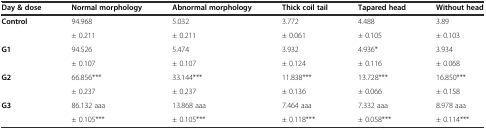
<table><thead><tr><td><b>Day &amp; dose</b></td><td><b>Normal morphology</b></td><td><b>Abnormal morphology</b></td><td><b>Thick coil tail</b></td><td><b>Tapared head</b></td><td><b>Without head</b></td></tr></thead><tbody><tr><td rowspan="2"><b>Control</b></td><td>94.968</td><td>5.032</td><td>3.772</td><td>4.488</td><td>3.89</td></tr><tr><td>± 0.211</td><td>± 0.211</td><td>± 0.061</td><td>± 0.105</td><td>± 0.103</td></tr><tr><td rowspan="2"><b>G1</b></td><td>94.526</td><td>5.474</td><td>3.932</td><td>4.936*</td><td>3.934</td></tr><tr><td>± 0.107</td><td>± 0.107</td><td>± 0.124</td><td>± 0.116</td><td>± 0.068</td></tr><tr><td rowspan="2"><b>G2</b></td><td>66.856***</td><td>33.144***</td><td>11.838***</td><td>13.728***</td><td>16.850***</td></tr><tr><td>± 0.237</td><td>± 0.237</td><td>± 0.136</td><td>± 0.066</td><td>± 0.158</td></tr><tr><td><b>G3</b></td><td>86.132 aaa</td><td>13.868 aaa</td><td>7.464 aaa</td><td>7.332 aaa</td><td>8.978 aaa</td></tr><tr><td></td><td>± 0.105***</td><td>± 0.105***</td><td>± 0.118***</td><td>± 0.058***</td><td>± 0.114***</td></tr></tbody></table>